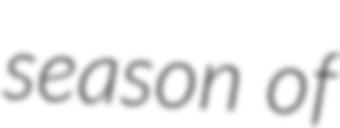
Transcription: season of